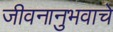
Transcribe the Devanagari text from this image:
जीवनानुभवाचे